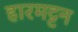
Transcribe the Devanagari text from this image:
हारमट्टन